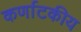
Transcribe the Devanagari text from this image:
कर्णाटकीय